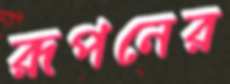
রূপনের